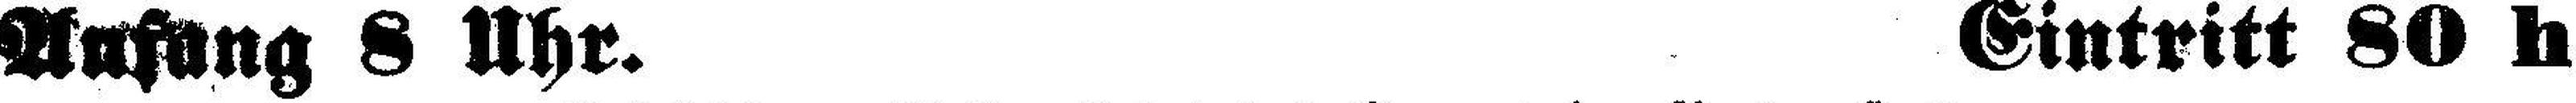
Anfang 8 Uhr. Eintritt 80 h